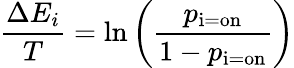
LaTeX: {\frac{\Delta E_{i}}{T}}=\ln\left({\frac{p_{\mathrm{i=on}}}{1-p_{\mathrm{i=on}}}}\right)